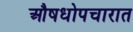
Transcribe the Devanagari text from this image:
औषधोपचारात